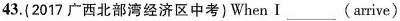
43.(2017广西北部湾经济区中考)When I___(arrive)